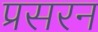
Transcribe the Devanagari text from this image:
प्रसरन